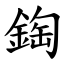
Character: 鋾